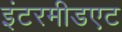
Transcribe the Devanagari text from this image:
इंटरमीडएट